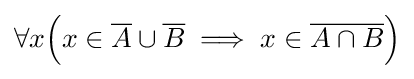
\forall x{\Big (}x\in {\overline {A}}\cup {\overline {B}}\implies x\in {\overline {A\cap B}}{\Big )}